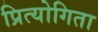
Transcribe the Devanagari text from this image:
प्रित्योगिता